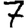
Digit: 7